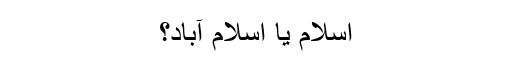
اسلام یا اسلام آباد؟